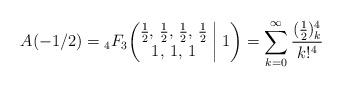
LaTeX: \begin{gather*}A(-1/2)={}_4F_3\biggl(\begin{matrix} \frac12, \, \frac12, \, \frac12, \, \frac12 \\ 1, \, 1, \, 1 \end{matrix}\biggm|1\biggr)=\sum_{k=0}^\infty\frac{(\frac12)_k^4}{k!^4}\end{gather*}